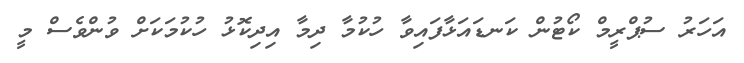
އަހަރު ސުޕްރީމް ކޯޓުން ކަނޑައަޅާފައިވާ ހުކުމާ ދިމާ އިދިކޮޅު ހުކުމަކަށް ވުންވެސް މީ